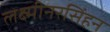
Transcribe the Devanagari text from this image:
लक्ष्मीनरसिंहन